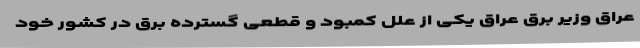
عراق وزیر برق عراق یکی از علل کمبود و قطعی گسترده برق در کشور خود